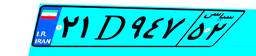
۰۷D۵۰۵۰۹